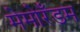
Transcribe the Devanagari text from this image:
मेमोरँडम